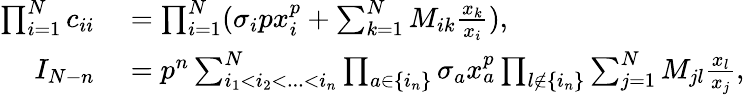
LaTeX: \begin{array}{rl}{\prod_{i=1}^{N}c_{ii}}&{{}=\prod_{i=1}^{N}(\sigma_{i}px_{i}^{p}+\sum_{k=1}^{N}M_{ik}\frac{x_{k}}{x_{i}}),}\\ {I_{N-n}}&{{}=p^{n}\sum_{i_{1}<i_{2}<...<i_{n}}^{N}\prod_{a\in\{ i_{n}\} }\sigma_{a}x_{a}^{p}\prod_{l\not\in\{ i_{n}\} }\sum_{j=1}^{N}M_{jl}\frac{x_{l}}{x_{j}},}\end{array}